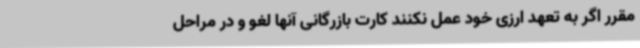
مقرر اگر به تعهد ارزی خود عمل نکنند کارت بازرگانی آنها لغو و در مراحل